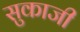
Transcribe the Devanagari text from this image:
सुकाजी